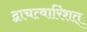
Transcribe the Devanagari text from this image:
द्वाचत्वारिंशत्